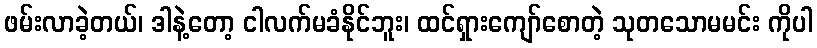
ဖမ်းလာခဲ့တယ်၊ ဒါနဲ့တော့ ငါလက်မခံနိုင်ဘူး၊ ထင်ရှားကျော်စောတဲ့ သုတသောမမင်း ကိုပါ